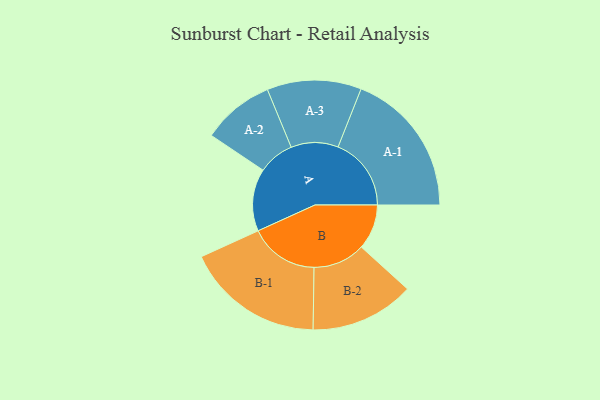
{"axis": {"x": "Segment", "y": "Value"}, "legend": ["", "A", "B"], "data": [{"x": "A", "y": 254, "type": ""}, {"x": "B", "y": 184, "type": ""}, {"x": "A-1", "y": 298, "type": "A"}, {"x": "A-2", "y": 147, "type": "A"}, {"x": "A-3", "y": 192, "type": "A"}, {"x": "B-1", "y": 282, "type": "B"}, {"x": "B-2", "y": 212, "type": "B"}]}